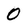
Character: O